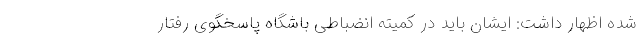
شده اظهار داشت: ایشان باید در کمیته انضباطی باشگاه پاسخگوی رفتار